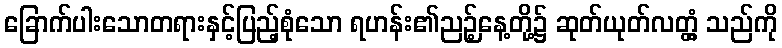
ခြောက်ပါးသောတရားနှင့်ပြည့်စုံသော ရဟန်း၏ညဉ့်နေ့တို့၌ ဆုတ်ယုတ်လတ္တံ့ သည်ကို